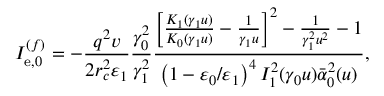
I _ { \mathrm { e } , 0 } ^ { ( f ) } = - \frac { q ^ { 2 } v } { 2 r _ { c } ^ { 2 } \varepsilon _ { 1 } } \frac { \gamma _ { 0 } ^ { 2 } } { \gamma _ { 1 } ^ { 2 } } \frac { \left[ \frac { K _ { 1 } ( \gamma _ { 1 } u ) } { K _ { 0 } ( \gamma _ { 1 } u ) } - \frac { 1 } { \gamma _ { 1 } u } \right] ^ { 2 } - \frac { 1 } { \gamma _ { 1 } ^ { 2 } u ^ { 2 } } - 1 } { \left( 1 - \varepsilon _ { 0 } / \varepsilon _ { 1 } \right) ^ { 4 } I _ { 1 } ^ { 2 } ( \gamma _ { 0 } u ) \bar { \alpha } _ { 0 } ^ { 2 } ( u ) } ,